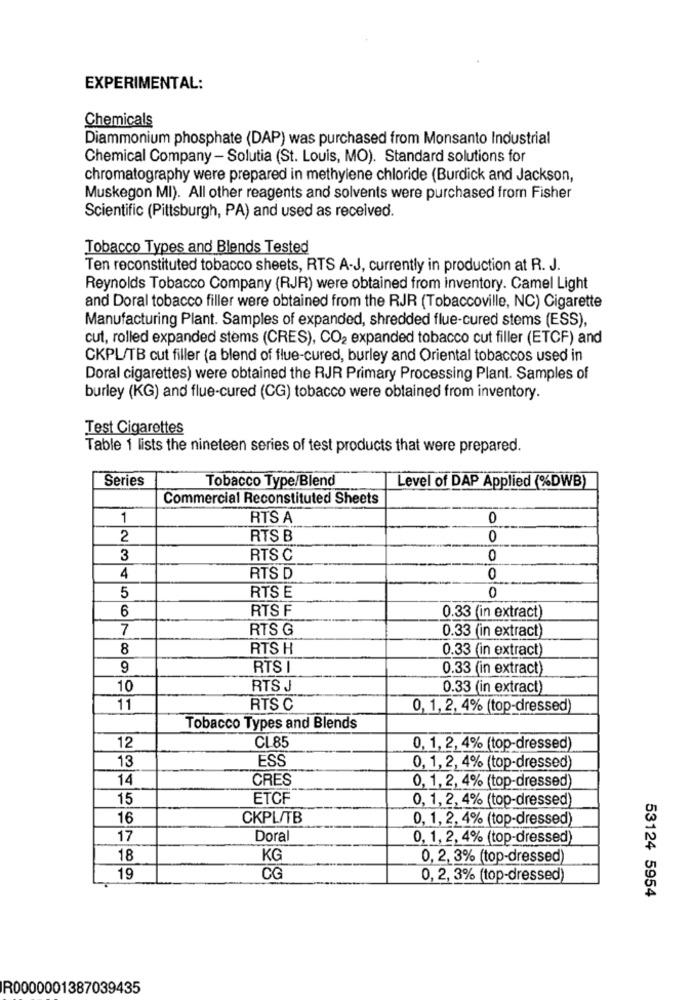
EXPERIMENTAL:
Chemicals
Diammonium phosphate (DAP) was purchased from Monsanto Industrial
Chemical Company - Solutia (St. Louis, MO). Standard solutions for
chromatography were prepared in methylene chloride (Burdick and Jackson,
Muskegon MI). All other reagents and solvents were purchased from Fisher
Scientific (Pittsburgh, PA) and used as received.
Tobacco Types and Blends Tested
Ten reconstituted tobacco sheets, RTS A-J, currently in production at R. J.
Reynolds Tobacco Company (RJR) were obtained from inventory. Camel Light
and Doral tobacco filler were obtained from the RJR (Tobaccoville, NC) Cigarette
Manufacturing Plant. Samples of expanded, shredded flue-cured stems (ESS),
cut, rolled expanded stems (CRES), CO2 expanded tobacco cut filler (ETCF) and
CKPL/TB cut filler (a blend of flue-cured, burley and Oriental tobaccos used in
Doral cigarettes) were obtained the RJR Primary Processing Plant. Samples of
burley (KG) and flue-cured (CG) tobacco were obtained from inventory.
Test Cigarettes
Table 1 lists the nineteen series of test products that were prepared.
Series
Tobacco Type/Blend
Level of DAP Applied (%DWB)
Commercial Reconstituted Sheets
1
RTS A
0
2
RTS B
0
3
RTS C
0
4
RTS D
0
5
RTS E
0
6
RTS F
0.33 (in extract)
7
RTS G
0.33 (in extract)
8
RTS H
0.33 (in extract)
9
RTS I
0.33 (in extract)
10
RTS J
0.33 (in extract)
11
RTS C
0, 1, 2, 4% (top-dressed)
Tobacco Types and Blends
12
CL 85
0, 1, 2, 4% (top-dressed)
13
ESS
0, 1, 2, 4% (top-dressed)
14
CRES
0, 1, 2, 4% (top-dressed)
15
ETCF
0, 1, 2, 4% (top-dressed)
16
CKPL/TB
0, 1, 2, 4% (top-dressed)
17
Doral
0, 1, 2, 4% (top-dressed)
18
KG
0, 2, 3% (top-dressed)
19
CG
0, 2, 3% (top-dressed)
53124 5954
R0000001387039435